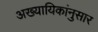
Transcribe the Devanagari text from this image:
अख्यायिकांनुसार